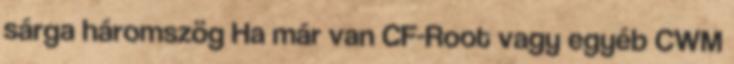
sárga háromszög Ha már van CF-Root vagy egyéb CWM